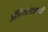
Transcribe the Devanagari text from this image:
अॅरिस्टॉटलची